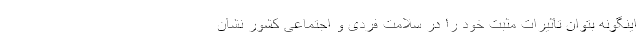
اینگونه بتوان تاثیرات مثبت خود را در سلامت فردی و اجتماعی کشور نشان